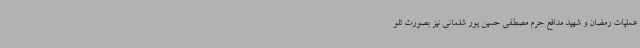
عملیات رمضان و شهید مدافع حرم مصطفی حسین پور شلمانی نیز بصورت تلو